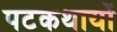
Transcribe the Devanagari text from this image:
पटकथायों